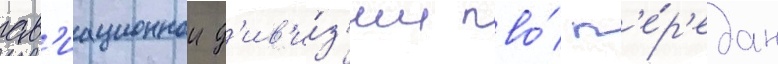
ав'иационнои д'ив'и́з'ии пво́ п'е́р'едан